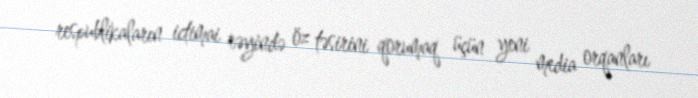
respublikaların ictimai rəyində öz təsirini qorumaq üçün yeni media orqanları